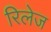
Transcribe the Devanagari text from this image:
रिलेज